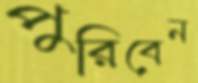
পুরিবেন